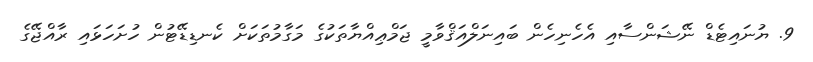
9. ޔުނައިޓެޑް ނޭޝަންސާއި އެހެނިހެން ބައިނަލްއަޤްވާމީ ޖަމްޢިއްޔާތަކުގެ މަގާމުތަކަށް ކެނޑިޑޭޓުން ހުށަހަޅައި ރާއްޖޭގެ